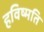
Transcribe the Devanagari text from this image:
हविष्मति